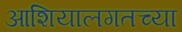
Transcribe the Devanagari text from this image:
आशियालगतच्या